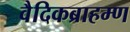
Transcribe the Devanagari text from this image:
वैदिकब्राहम्ण